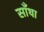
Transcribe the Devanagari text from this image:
साँथा